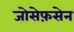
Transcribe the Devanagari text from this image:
जोसेफ़सेन